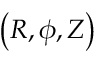
\left( R , \phi , Z \right)